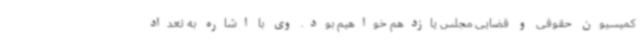
کمیسیون حقوقی و قضایی مجلس یازدهم خواهیم بود. وی با اشاره به تعداد